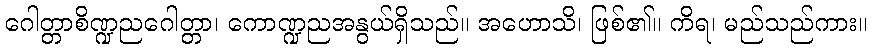
ဂေါတ္တာစိဏ္ဍညဂေါတ္တာ၊ ကောဏ္ဍညအနွယ်ရှိသည်။ အဟောသိ၊ ဖြစ်၏။ ကိရ၊ မည်သည်ကား။